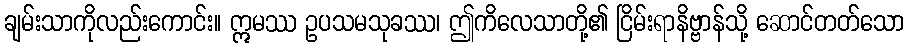
ချမ်းသာကိုလည်းကောင်း။ ဣမဿ ဥပသမသုခဿ၊ ဤကိလေသာတို့၏ ငြိမ်းရာနိဗ္ဗာန်သို့ ဆောင်တတ်သော